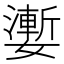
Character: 嬱